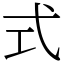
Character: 式